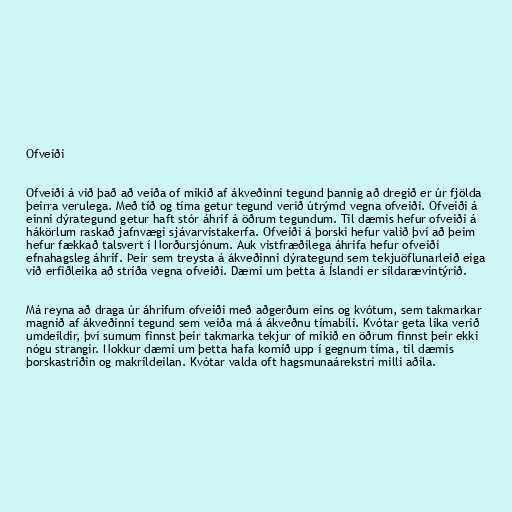
Ofveiði

Ofveiði á við það að veiða of mikið af ákveðinni tegund þannig að dregið er úr fjölda
þeirra verulega. Með tíð og tíma getur tegund verið útrýmd vegna ofveiði. Ofveiði á
einni dýrategund getur haft stór áhrif á öðrum tegundum. Til dæmis hefur ofveiði á
hákörlum raskað jafnvægi sjávarvistakerfa. Ofveiði á þorski hefur valið því að þeim
hefur fækkað talsvert í Norðursjónum. Auk vistfræðilega áhrifa hefur ofveiði
efnahagsleg áhrif. Þeir sem treysta á ákveðinni dýrategund sem tekjuöflunarleið eiga
við erfiðleika að stríða vegna ofveiði. Dæmi um þetta á Íslandi er síldarævintýrið.

Má reyna að draga úr áhrifum ofveiði með aðgerðum eins og kvótum, sem takmarkar
magnið af ákveðinni tegund sem veiða má á ákveðnu tímabili. Kvótar geta líka verið
umdeildir, því sumum finnst þeir takmarka tekjur of mikið en öðrum finnst þeir ekki
nógu strangir. Nokkur dæmi um þetta hafa komið upp í gegnum tíma, til dæmis
þorskastríðin og makríldeilan. Kvótar valda oft hagsmunaárekstri milli aðila.